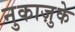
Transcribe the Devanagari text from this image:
नुकाज़ुके